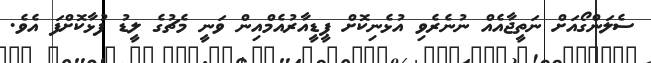
ސެލަންގޯއަށް ނަތީޖާއެއް ނުނެރެވި އުޅެނިކޮށް ޕީޑީއާރުއެމްއިން ވަނީ މެޗުގެ ލީޑު ފުޅާކޮށްފަ އެވެ.